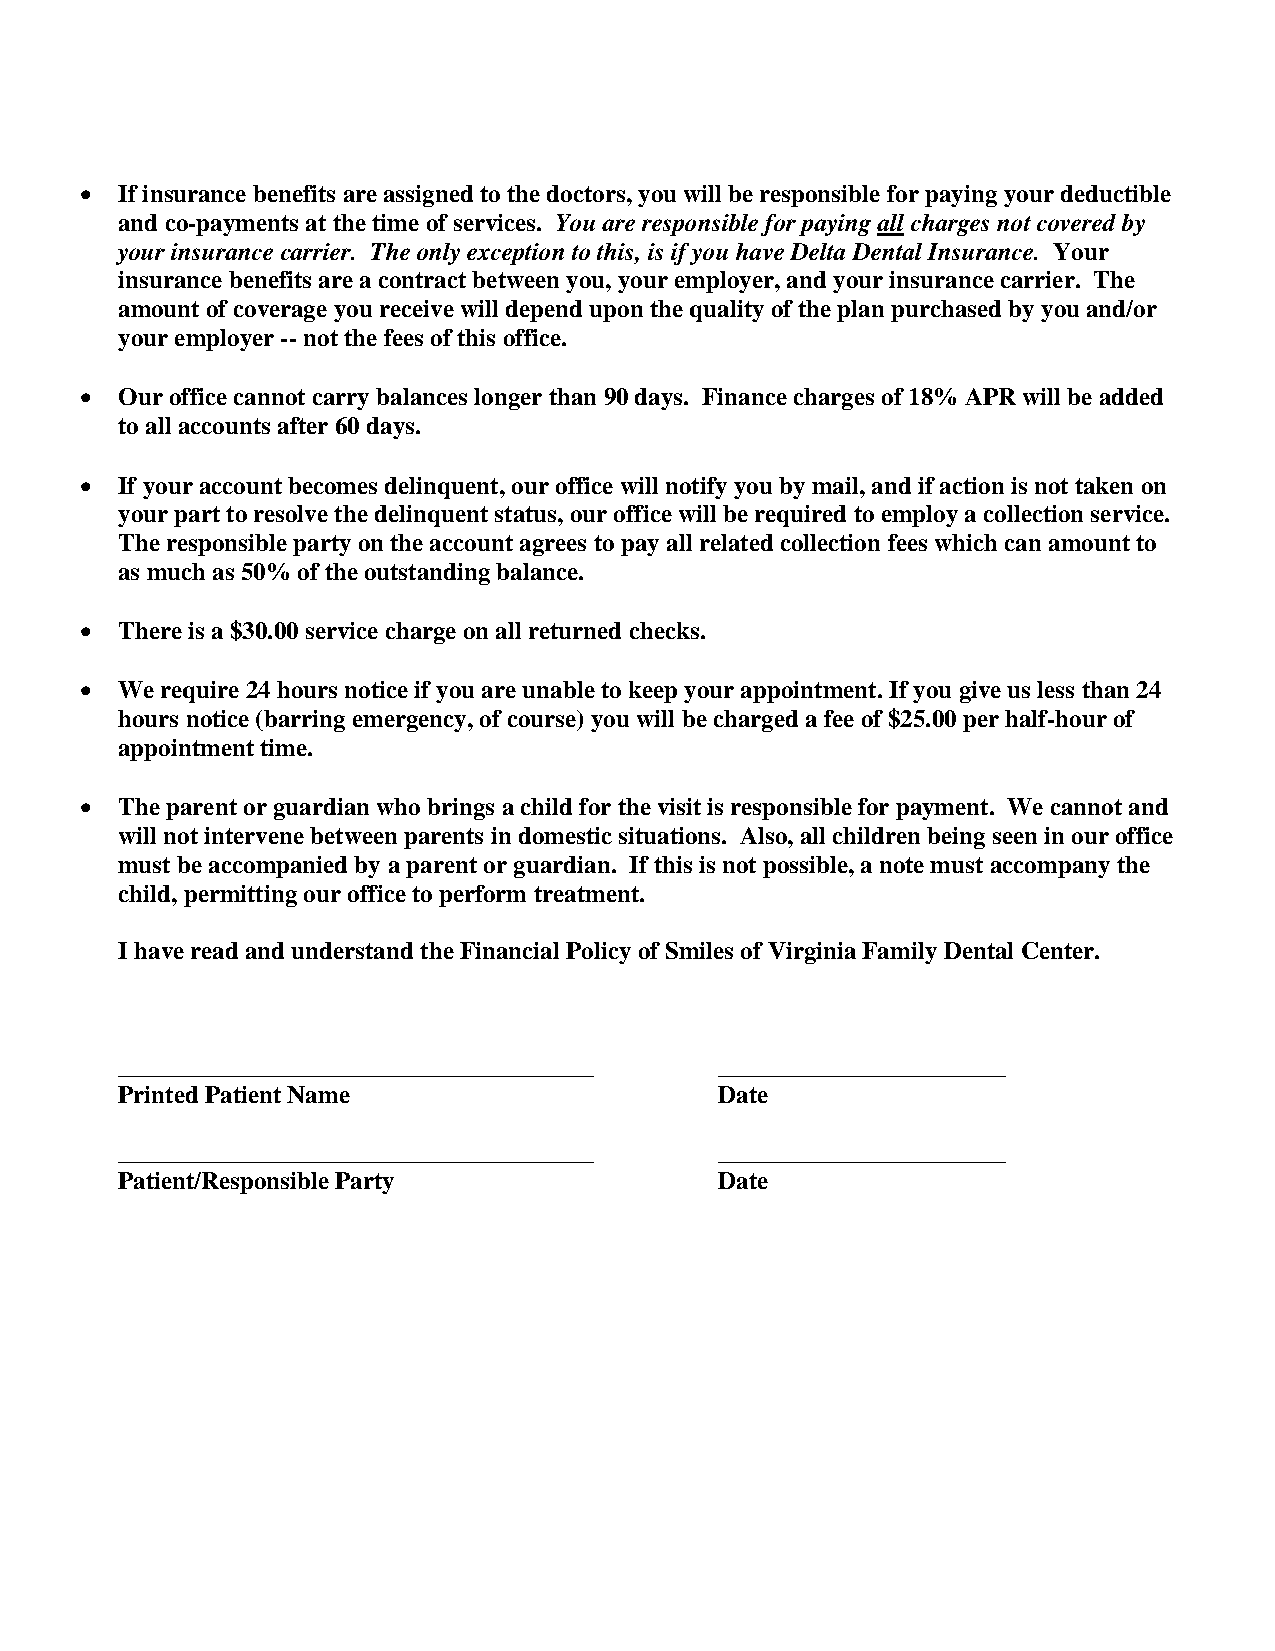
•  If insurance benefits are assigned to the doctors, you will be responsible for paying your deductible
 and co-payments at the time of services. You are responsible for paying all charges not covered by
 your insurance carrier. The only exception to this, is if you have Delta Dental Insurance. Your
 insurance benefits are a contract between you, your employer, and your insurance carrier. The
 amount of coverage you receive will depend upon the quality of the plan purchased by you and/or
 your employer -- not the fees of this office.
 •  Our office cannot carry balances longer than 90 days. Finance charges of 18% APR will be added
 to all accounts after 60 days.
 •  If your account becomes delinquent, our office will notify you by mail, and if action is not taken on
 your part to resolve the delinquent status, our office will be required to employ a collection service.
 The responsible party on the account agrees to pay all related collection fees which can amount to
 as much as 50% of the outstanding balance.
 •  There is a $30.00 service charge on all returned checks.
 •  We require 24 hours notice if you are unable to keep your appointment. If you give us less than 24
 hours notice (barring emergency, of course) you will be charged a fee of $25.00 per half-hour of
 appointment time.
 •  The parent or guardian who brings a child for the visit is responsible for payment. We cannot and
 will not intervene between parents in domestic situations. Also, all children being seen in our office
 must be accompanied by a parent or guardian. If this is not possible, a note must accompany the
 child, permitting our office to perform treatment.
 I have read and understand the Financial Policy of Smiles of Virginia Family Dental Center.
 ______________________________________  _______________________
 Printed Patient Name                    Date
 ______________________________________  _______________________
 Patient/Responsible Party               Date